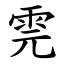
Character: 䨌